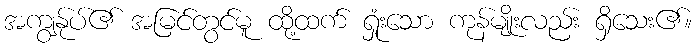
အကျွန်ုပ်၏ အမြင်တွင်မူ ထို့ထက် ရှုံးသော ကုန်မျိုးလည်း ရှိသေး၏။